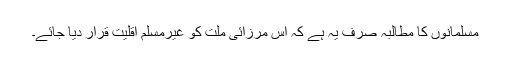
مسلمانوں کا مطالبہ صرف یہ ہے کہ اس مرزائی ملت کو غیرمسلم اقلیت قرار دیا جائے۔